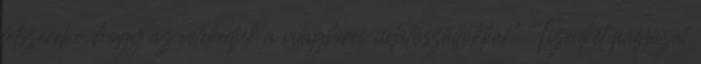
felszerelve, hogy az vetekedjék a világhíres üdülőszállókkal.” Tizenkét pályázat